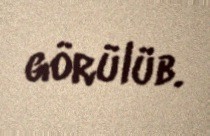
görülüb.